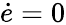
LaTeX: {\dot{e}}=0